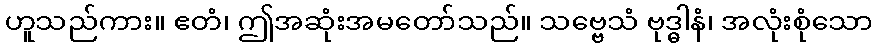
ဟူသည်ကား။ ဧတံ၊ ဤအဆုံးအမတော်သည်။ သဗ္ဗေသံ ဗုဒ္ဓါနံ၊ အလုံးစုံသော